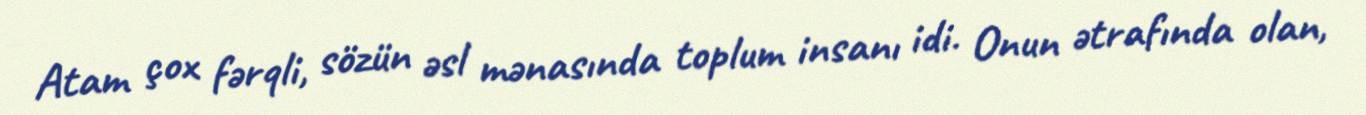
Atam çox fərqli, sözün əsl mənasında toplum insanı idi. Onun ətrafında olan,